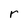
Character: r